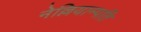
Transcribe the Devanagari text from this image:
नेल्लियाम्पति